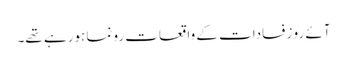
آئے رو زفسادات کے واقعات رونما ہورہے تھے۔